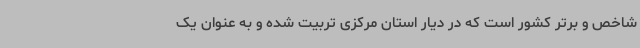
شاخص و برتر کشور است که در دیار استان مرکزی تربیت شده و به عنوان یک